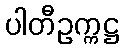
ပါတီဥက္ကဋ္ဌ